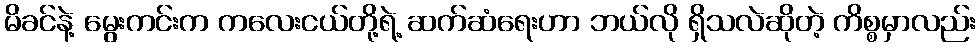
မိခင်နဲ့ မွေးကင်းက ကလေးငယ်တို့ရဲ့ ဆက်ဆံရေးဟာ ဘယ်လို ရှိသလဲဆိုတဲ့ ကိစ္စမှာလည်း